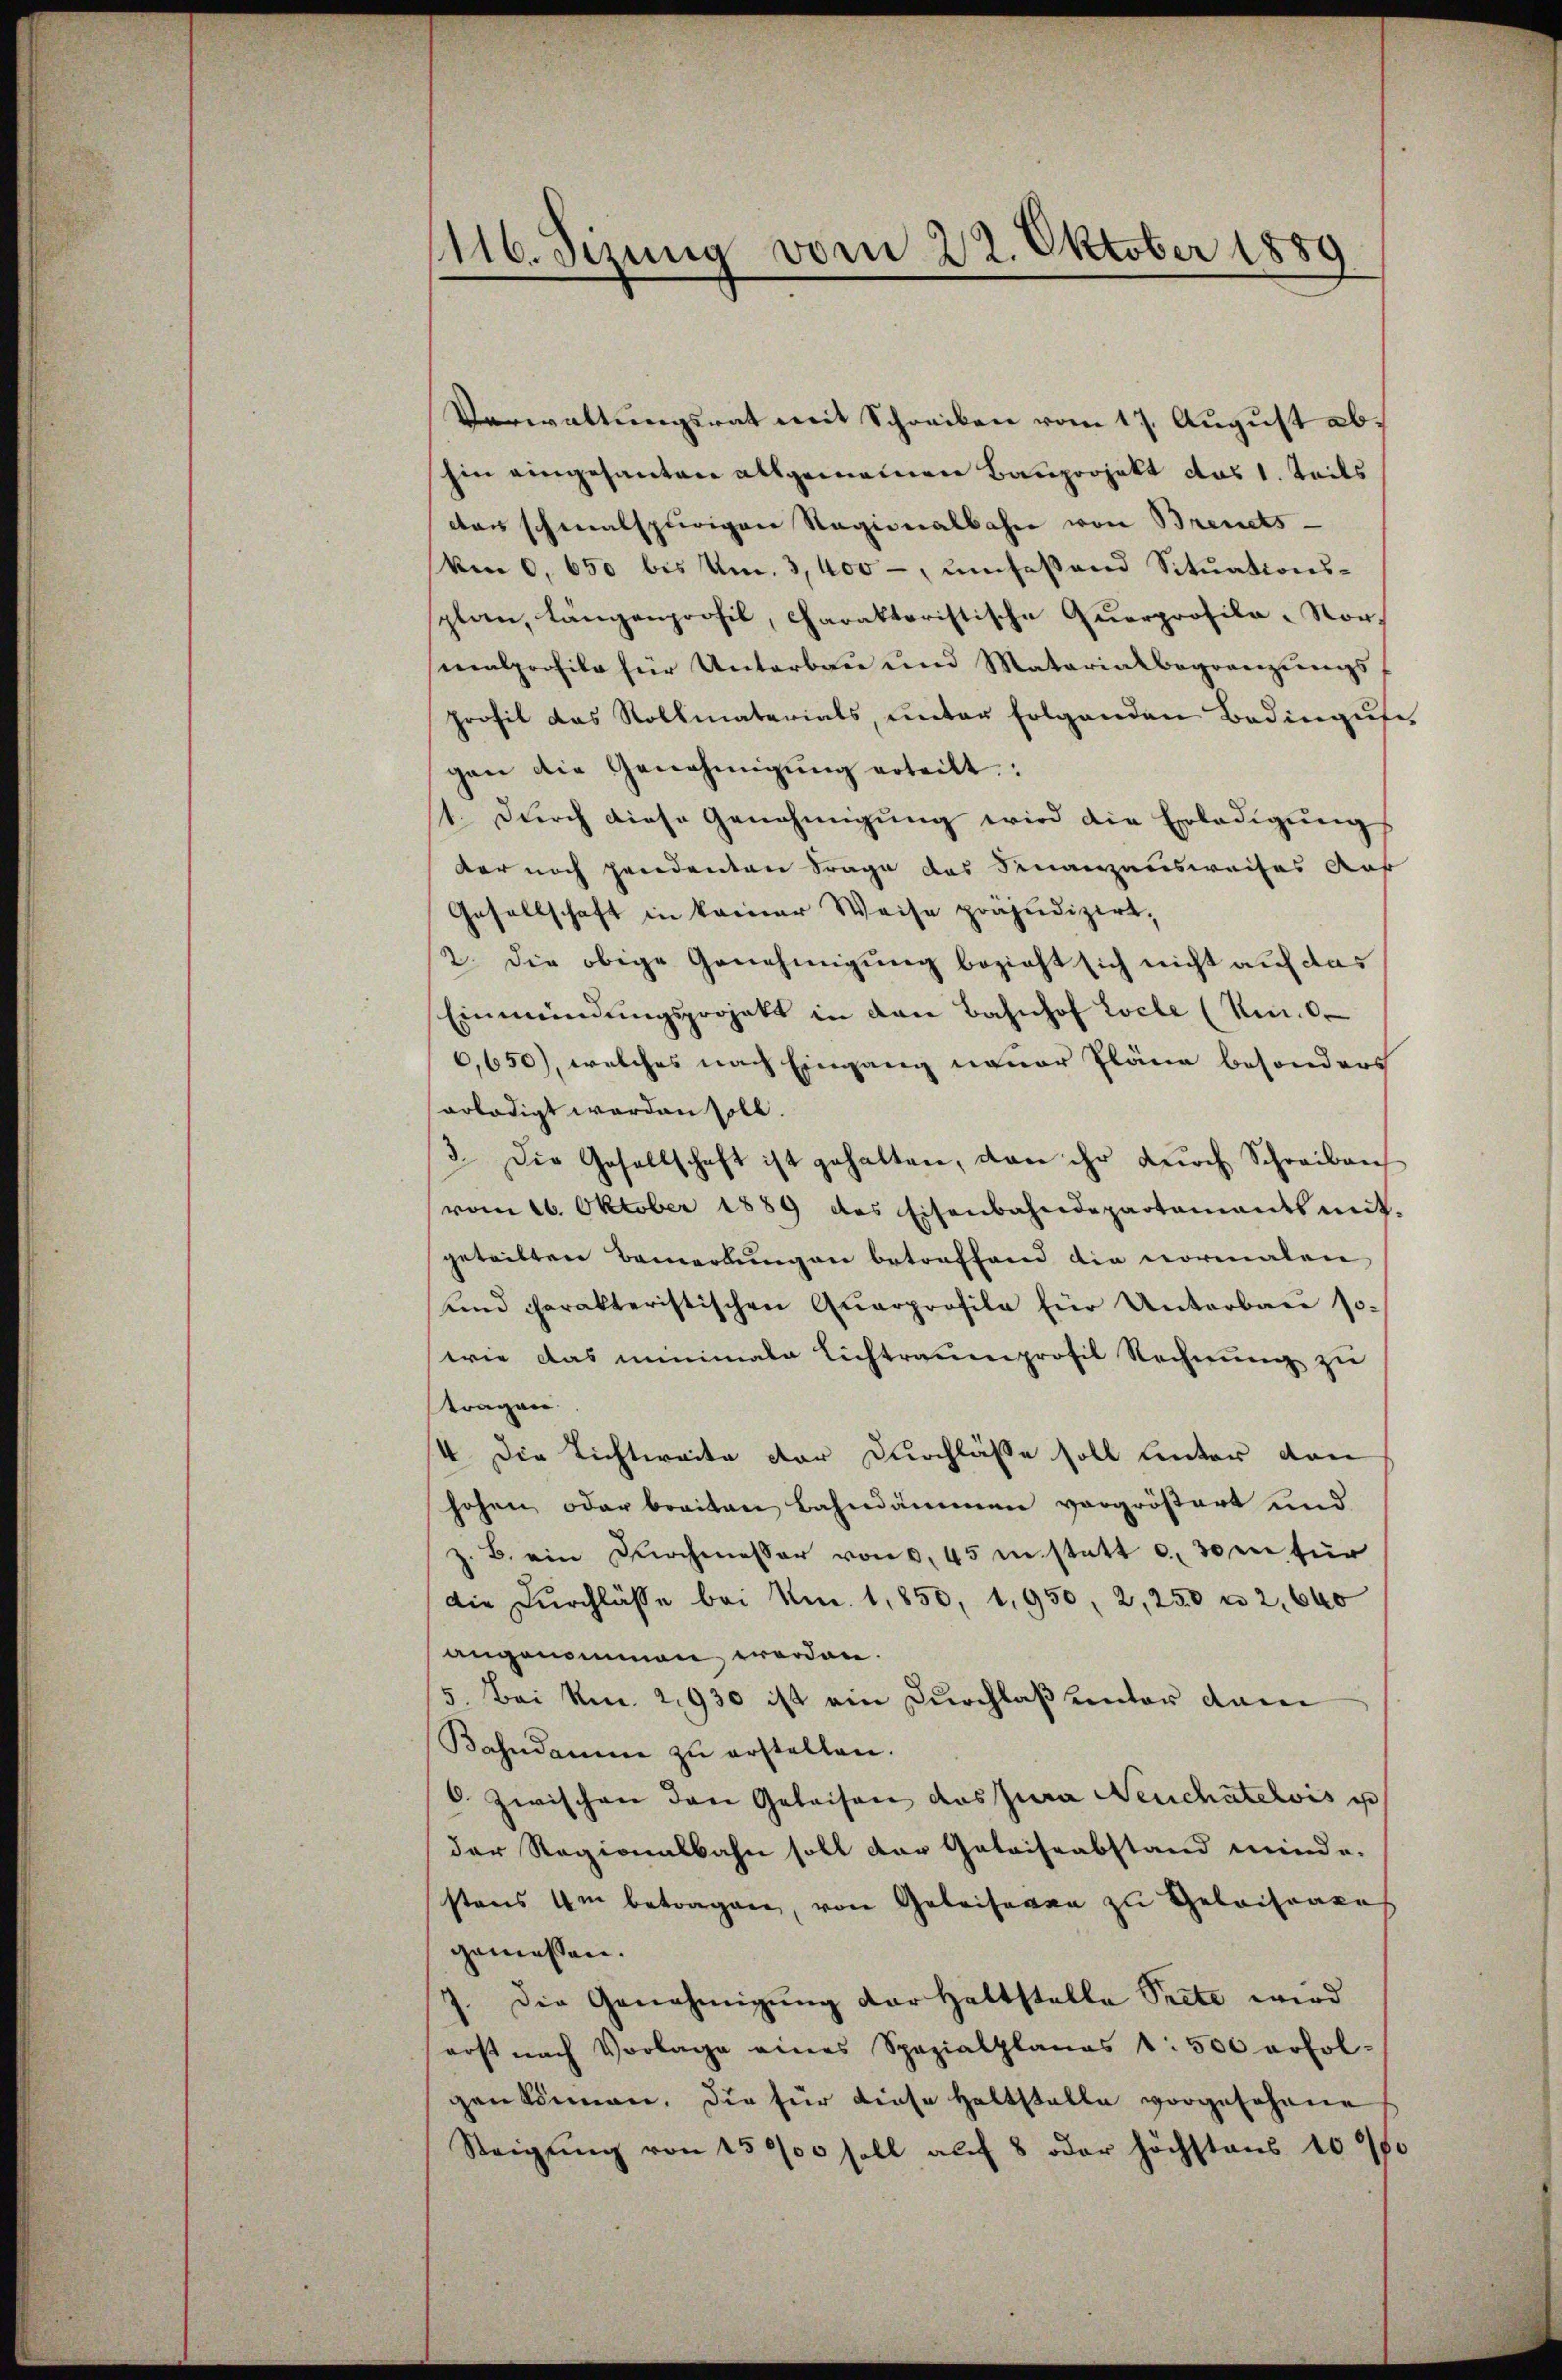
1116. Sizung vom 22. Oktober 1889

Verwaltungsrat mit Schreiben vom 17. August abhin eingesanten allgemeinen Bauprojekt das 1. Teils
das schmalspurigen Ragionalbahn von Brents-
Amn 0. 650 bis Um. 3,400 -, umsesand Situationsplan, längenprofil, charakteristische Querprofila-Vormalprofile für Unterbau und Materialbegrenzungsprofil das Rollmaterials, unter folgenden Bedinguse
gen die Genehmigŭng erteilt:
1. Durch diese Genehmigung wird die Erledigungs
der noch pendenten Frage des Finanzausweises Auf
Gesellschaft in keiner Weise präjudizirt,
2. die obige Genehmigung bezieht sich nicht auf das
Einmündungsprojekt in den Bahnhof Loche (Nr. 6.
6,650), welches nach Eingang neuer Pläne besonders
arlädigt worden soll.
3. Die Gesellschaft ist gehalten, von ihr durch Schreibens
vom 16. Oktober 1889 des Eisenbahndepartamants mit-
geteilten Bemerkungen betreffend die normalen
unnd charakteristischen Quarprofile für Unterbau so-
wie das minimala Lichtrauenprofil Rechnŭng zu
tragen.
4. Die Lichtweite der Durchlässe soll unter den
hohen oder breiten Bahndammen vorgrößert und
z. B. ein Durchmesser von 0,45 in statt c. 30 en für
Die Dŭrchlässe bei Am. 1,850, 1950, 2, 250 n 2, 640
angenommen werden.
5. Bei Rm. 2930 ist ein Durchlaß unter dam
Bahndamm zŭ erstellen.
6 zwischen den Geleisen das Jura Neuchâtelois is
der Regionalbahn soll der Gataissabstand minde.
stens Um betragen, von Geleisegen zu Geleitrages
gemessen.
7. Die Genehmigŭng der Haltstelle Prete wird
erst nach Vorlage eines Spezialplanes 1500 erfol-
gen können. Die für diese Haltstelle vorgesehene
Steigŭng von 15000 soll auf 8 oder höchstens 100